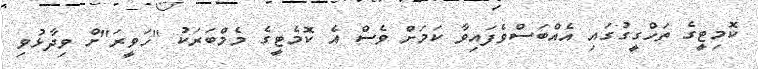
ކޮމިޓީގެ ތަހްގީގުގައި އެއްބަސްވެފައިވާ ކަމަށް ވެސް އެ ކޮމެޓީގެ މެމްބަރަކު "ހަވީރަ"ށް ވިދާޅުވި